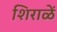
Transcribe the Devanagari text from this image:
शिराळें